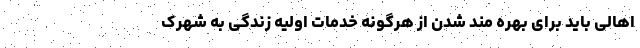
اهالی باید برای بهره مند شدن از هرگونه خدمات اولیه زندگی به شهرک